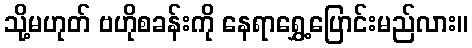
သို့မဟုတ် ဗဟိုစခန်းကို နေရာရွှေ့ပြောင်းမည်လား။